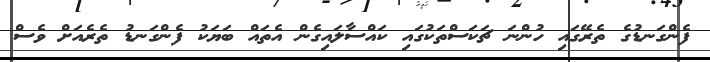
ފެންގަނޑުގެ ތެރޭގައި ހުންނަ ޗަކަސްތަކުގައި ކައްސާލައިގެން އެތައް ބަޔަކު ފެންގަނޑު ތެރެއަށް ވެސް